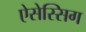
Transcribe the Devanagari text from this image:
ऐसेस्सिग